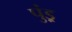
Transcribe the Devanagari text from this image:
पुंड़्र